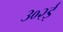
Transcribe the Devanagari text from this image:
३०२ई